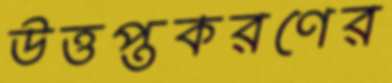
উত্তপ্তকরণের